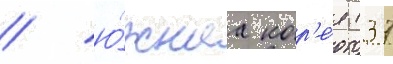
/ ю́жнаа кор'е́я (37